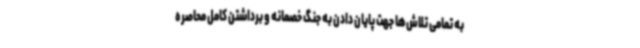
به تمامی تلاش‌ها جهت پایان دادن به جنگ خصمانه و برداشتن کامل محاصره